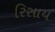
રિસાય